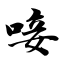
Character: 唼